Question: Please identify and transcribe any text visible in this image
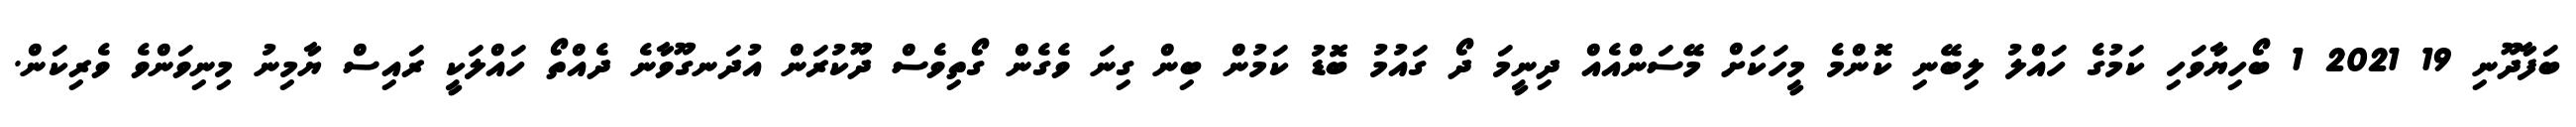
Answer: ބަފާދޫނި 19 2021 1 ބޯހިޔާވަހި ކަމުގެ ހައްލު ލިބޭނި ކޮންމެ މީހަކަށް މޭސަންއެއް ދިނީމަ ދޯ ގައުމު ބޮޑު ކަމުން ބިން ގިނަ ވެގެން ގޯތިވެސް ދޫކުރަން އުދަނގޫވާނެ ދެއްތޯ ހައްލަކީ ރައިސް ޔާމިނު މިނިވަންވެ ވެރިކަން.